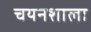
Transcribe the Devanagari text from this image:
चयनशाला